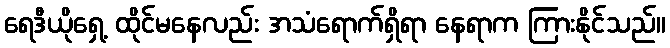
ရေဒီယိုရှေ့ ထိုင်မနေလည်း အသံရောက်ရှိရာ နေရာက ကြားနိုင်သည်။